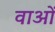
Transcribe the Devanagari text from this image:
वाओं